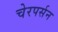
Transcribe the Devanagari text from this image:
चेरपर्सन